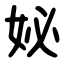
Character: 妼